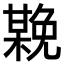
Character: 𣚻